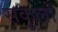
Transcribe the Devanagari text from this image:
सकूलों